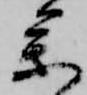
参